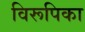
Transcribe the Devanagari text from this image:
विरूपिका